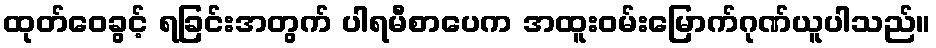
ထုတ်ဝေခွင့် ရခြင်းအတွက် ပါရမီစာပေက အထူးဝမ်းမြောက်ဂုဏ်ယူပါသည်။